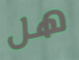
هل